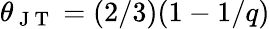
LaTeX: \theta_{\mathrm{~J~T~}}=(2/3)(1-1/q)